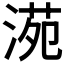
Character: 𣸱